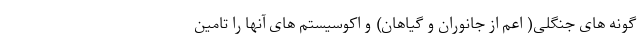
گونه های جنگلی( اعم از جانوران و گیاهان) و اکوسیستم های آنها را تامین